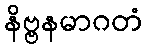
နိဗ္ဗနမာဂတံ